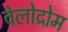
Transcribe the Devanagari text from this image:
वेलोद्रोम